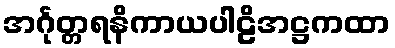
အင်္ဂုတ္တရနိကာယပါဠိအဋ္ဌကထာ